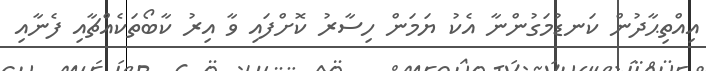
އިއްތިޙާދުން ކަނޑުމަގުންނާ އެކު ޔަމަން ހިސާރު ކޮށްފައި ވާ އިރު ކާބޯތަކެއްޗާއި ފެނާއި